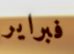
فبراير